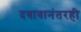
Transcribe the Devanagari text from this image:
दबावानंतरही